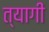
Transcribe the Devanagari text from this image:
त्यागीं